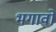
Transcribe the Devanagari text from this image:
भगावो